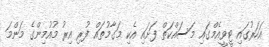
އަހަރުގައި ޓީވީއެމްގައި މަސައްކަތް ފަށައި އެކި މަގާމުތައް ފުރި އިރު މުއުމިންގެ މަންމަ